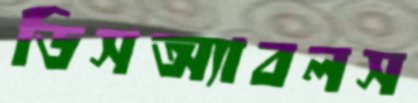
ডিসঅ্যাবলস